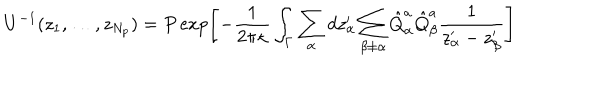
U ^ { - 1 } ( z _ { 1 } , \dots , z _ { N _ { p } } ) = P \exp \left[ - { \frac { 1 } { 2 \pi \kappa } } \int _ { \Gamma } \sum _ { \alpha } d z _ { \alpha } ^ { \prime } \sum _ { \beta \not = \alpha } \hat { Q } _ { \alpha } ^ { a } \hat { Q } _ { \beta } ^ { a } \frac { 1 } { z _ { \alpha } ^ { \prime } - z _ { \beta } ^ { \prime } } \right]